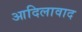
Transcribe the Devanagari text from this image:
आदिलावाद